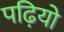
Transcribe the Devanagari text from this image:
पढ़ियो